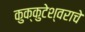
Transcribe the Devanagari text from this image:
कुक्कुटेश्वराचे